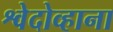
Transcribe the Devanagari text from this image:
श्वेदोव्हाना